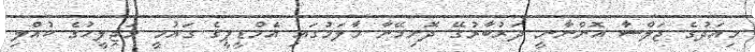
މިއަދުގެ ޖަލްސާ އޮންނާނީ ދަރުބާރުގޭ ދޮށިމޭނާ މާލަމުގައި އެމްޑީޕީގެ ގައުމީ މަޖިލީހުގެ ކުއްލި